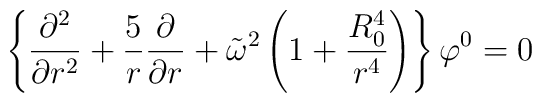
\left \{ { \partial^2 \over {\partial r^2}} + { 5 \over r} {\partial \over {\partial r}}  + \tilde \omega^2   \left ( 1 + {R^4_0 \over r^4} \right )  \right \} \varphi^0 =0